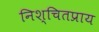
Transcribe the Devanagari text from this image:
निश्चितप्राय